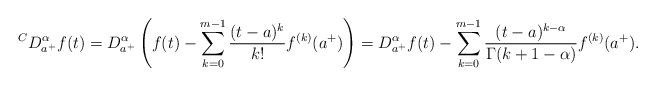
\begin{align*} {}^C D_{a^+}^\alpha f(t) = D_{a^+}^\alpha\left( f(t) - \sum_{k=0}^{m-1}\frac{(t-a)^{k}}{k!} f^{(k)}(a^+)\right) = D_{a^+}^\alpha f(t)-\sum_{k=0}^{m-1}\frac{(t-a)^{k-\alpha}}{\Gamma(k+1-\alpha)} f^{(k)}(a^+). \end{align*}